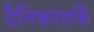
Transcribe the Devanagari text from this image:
दैनिकातर्फे